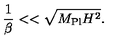
{ \frac { 1 } { \beta } } < < \sqrt { M _ { \mathrm { P l } } H ^ { 2 } } .